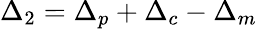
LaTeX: {\Delta_{2}}={\Delta_{p}}+{\Delta_{c}}-{\Delta_{m}}